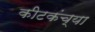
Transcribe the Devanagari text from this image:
कीटकंच्या